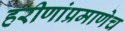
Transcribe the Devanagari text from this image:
हरीणांप्रमाणेच